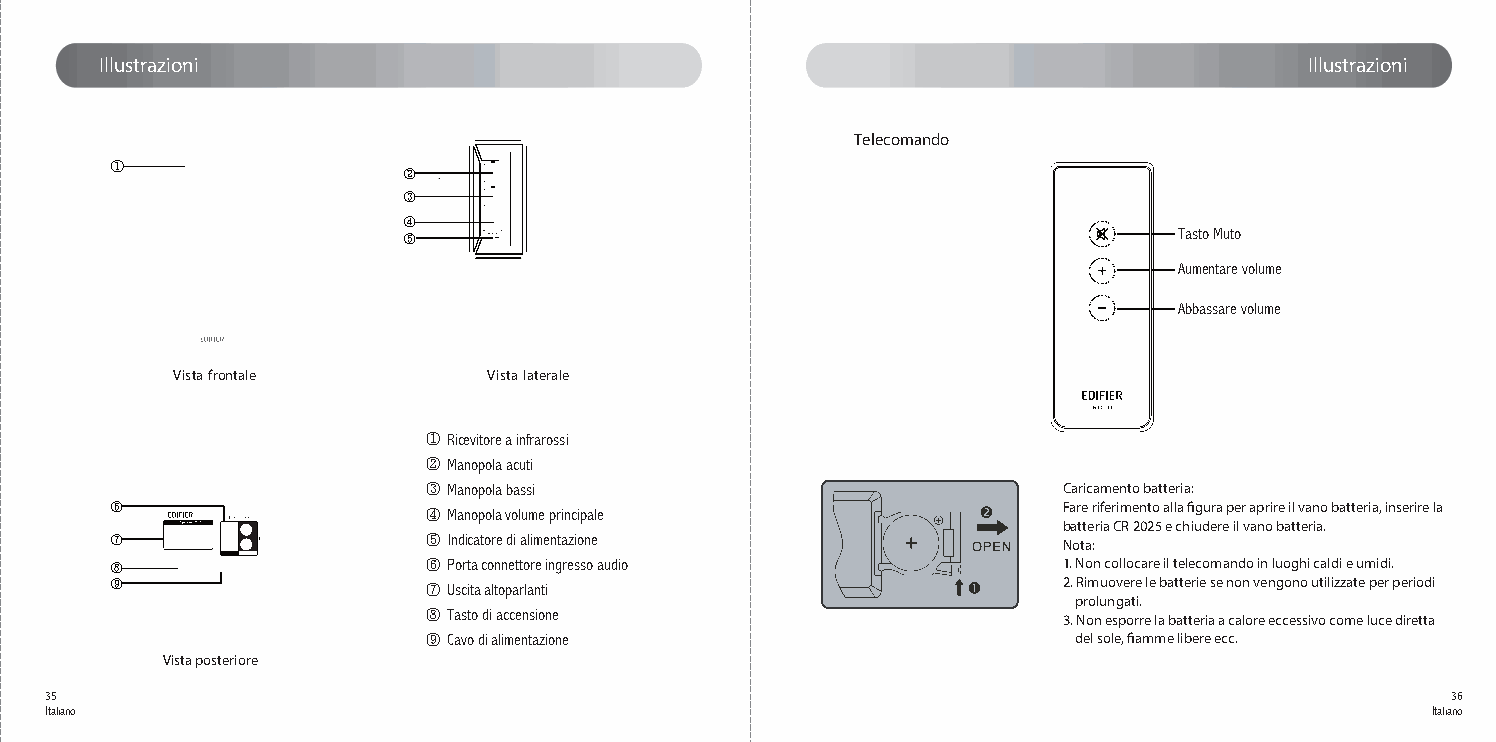
Illustrazioni                                                                   Illustrazioni
 Telecomando
 ①
 ②
 ③
 ④
 ⑤    volume                                        Tasto Muto
 Aumentare volume
 Abbassare volume
 Vista frontale       Vista laterale
 ① Ricevitore a infrarossi
 ② Manopola acuti
 ③ Manopola bassi                          Caricamento batteria:
 ⑥                    ④ Manopola volume principale              Fare riferimento alla figura per aprire il vano batteria, inserire la
 batteria CR 2025 e chiudere il vano batteria.
 ⑦                    ⑤ Indicatore di alimentazione             Nota:
 ⑧                    ⑥ Porta connettore ingresso audio         1. Non collocare il telecomando in luoghi caldi e umidi.
 ⑨                    ⑦ Uscita altoparlanti                     2. Rimuovere le batterie se non vengono utilizzate per periodi
 prolungati.
 ⑧ Tasto di accensione                     3. Non esporre la batteria a calore eccessivo come luce diretta
 ⑨ Cavo di alimentazione                    del sole, fiamme libere ecc.
 Vista posteriore
 35                                                                                           36
 Italiano                                                                                    Italiano